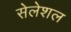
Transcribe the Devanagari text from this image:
सेलेशल